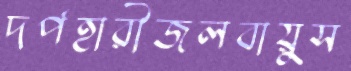
দর্পহারীজলবায়ুস